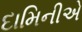
દામિનીએ